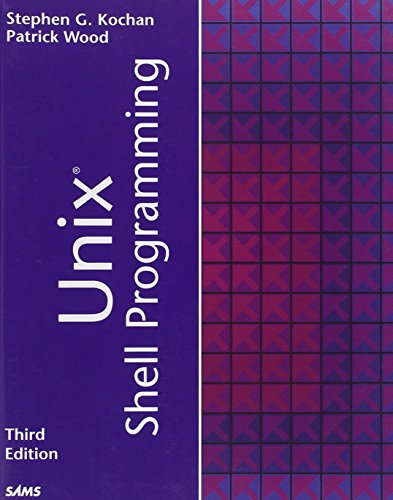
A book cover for Unix Shell Programming (3rd Edition); Stephen G. Kochan; Computers & Technology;